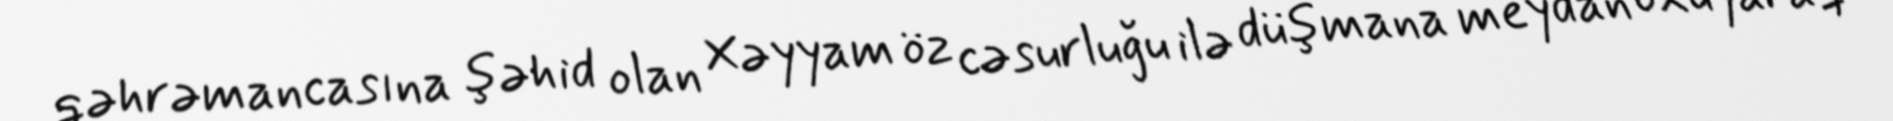
qəhrəmancasına şəhid olan Xəyyam öz cəsurluğu ilə düşmana meydan oxuyaraq